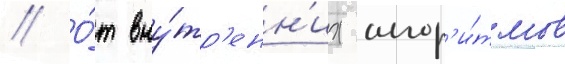
// О́т вну́тр'енн'их алгор'и́тмов